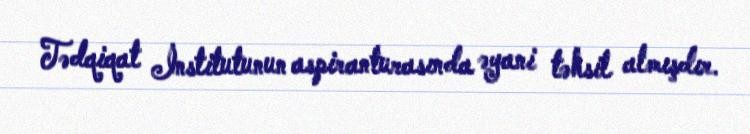
Tədqiqat İnstitutunun aspiranturasında əyani təhsil almışdır.